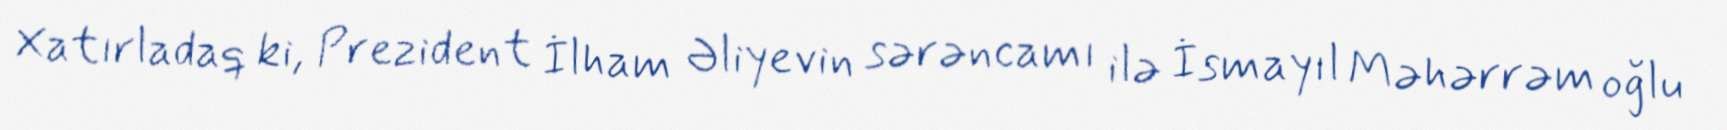
Xatırladaq ki, Prezident İlham Əliyevin sərəncamı ilə İsmayıl Məhərrəm oğlu